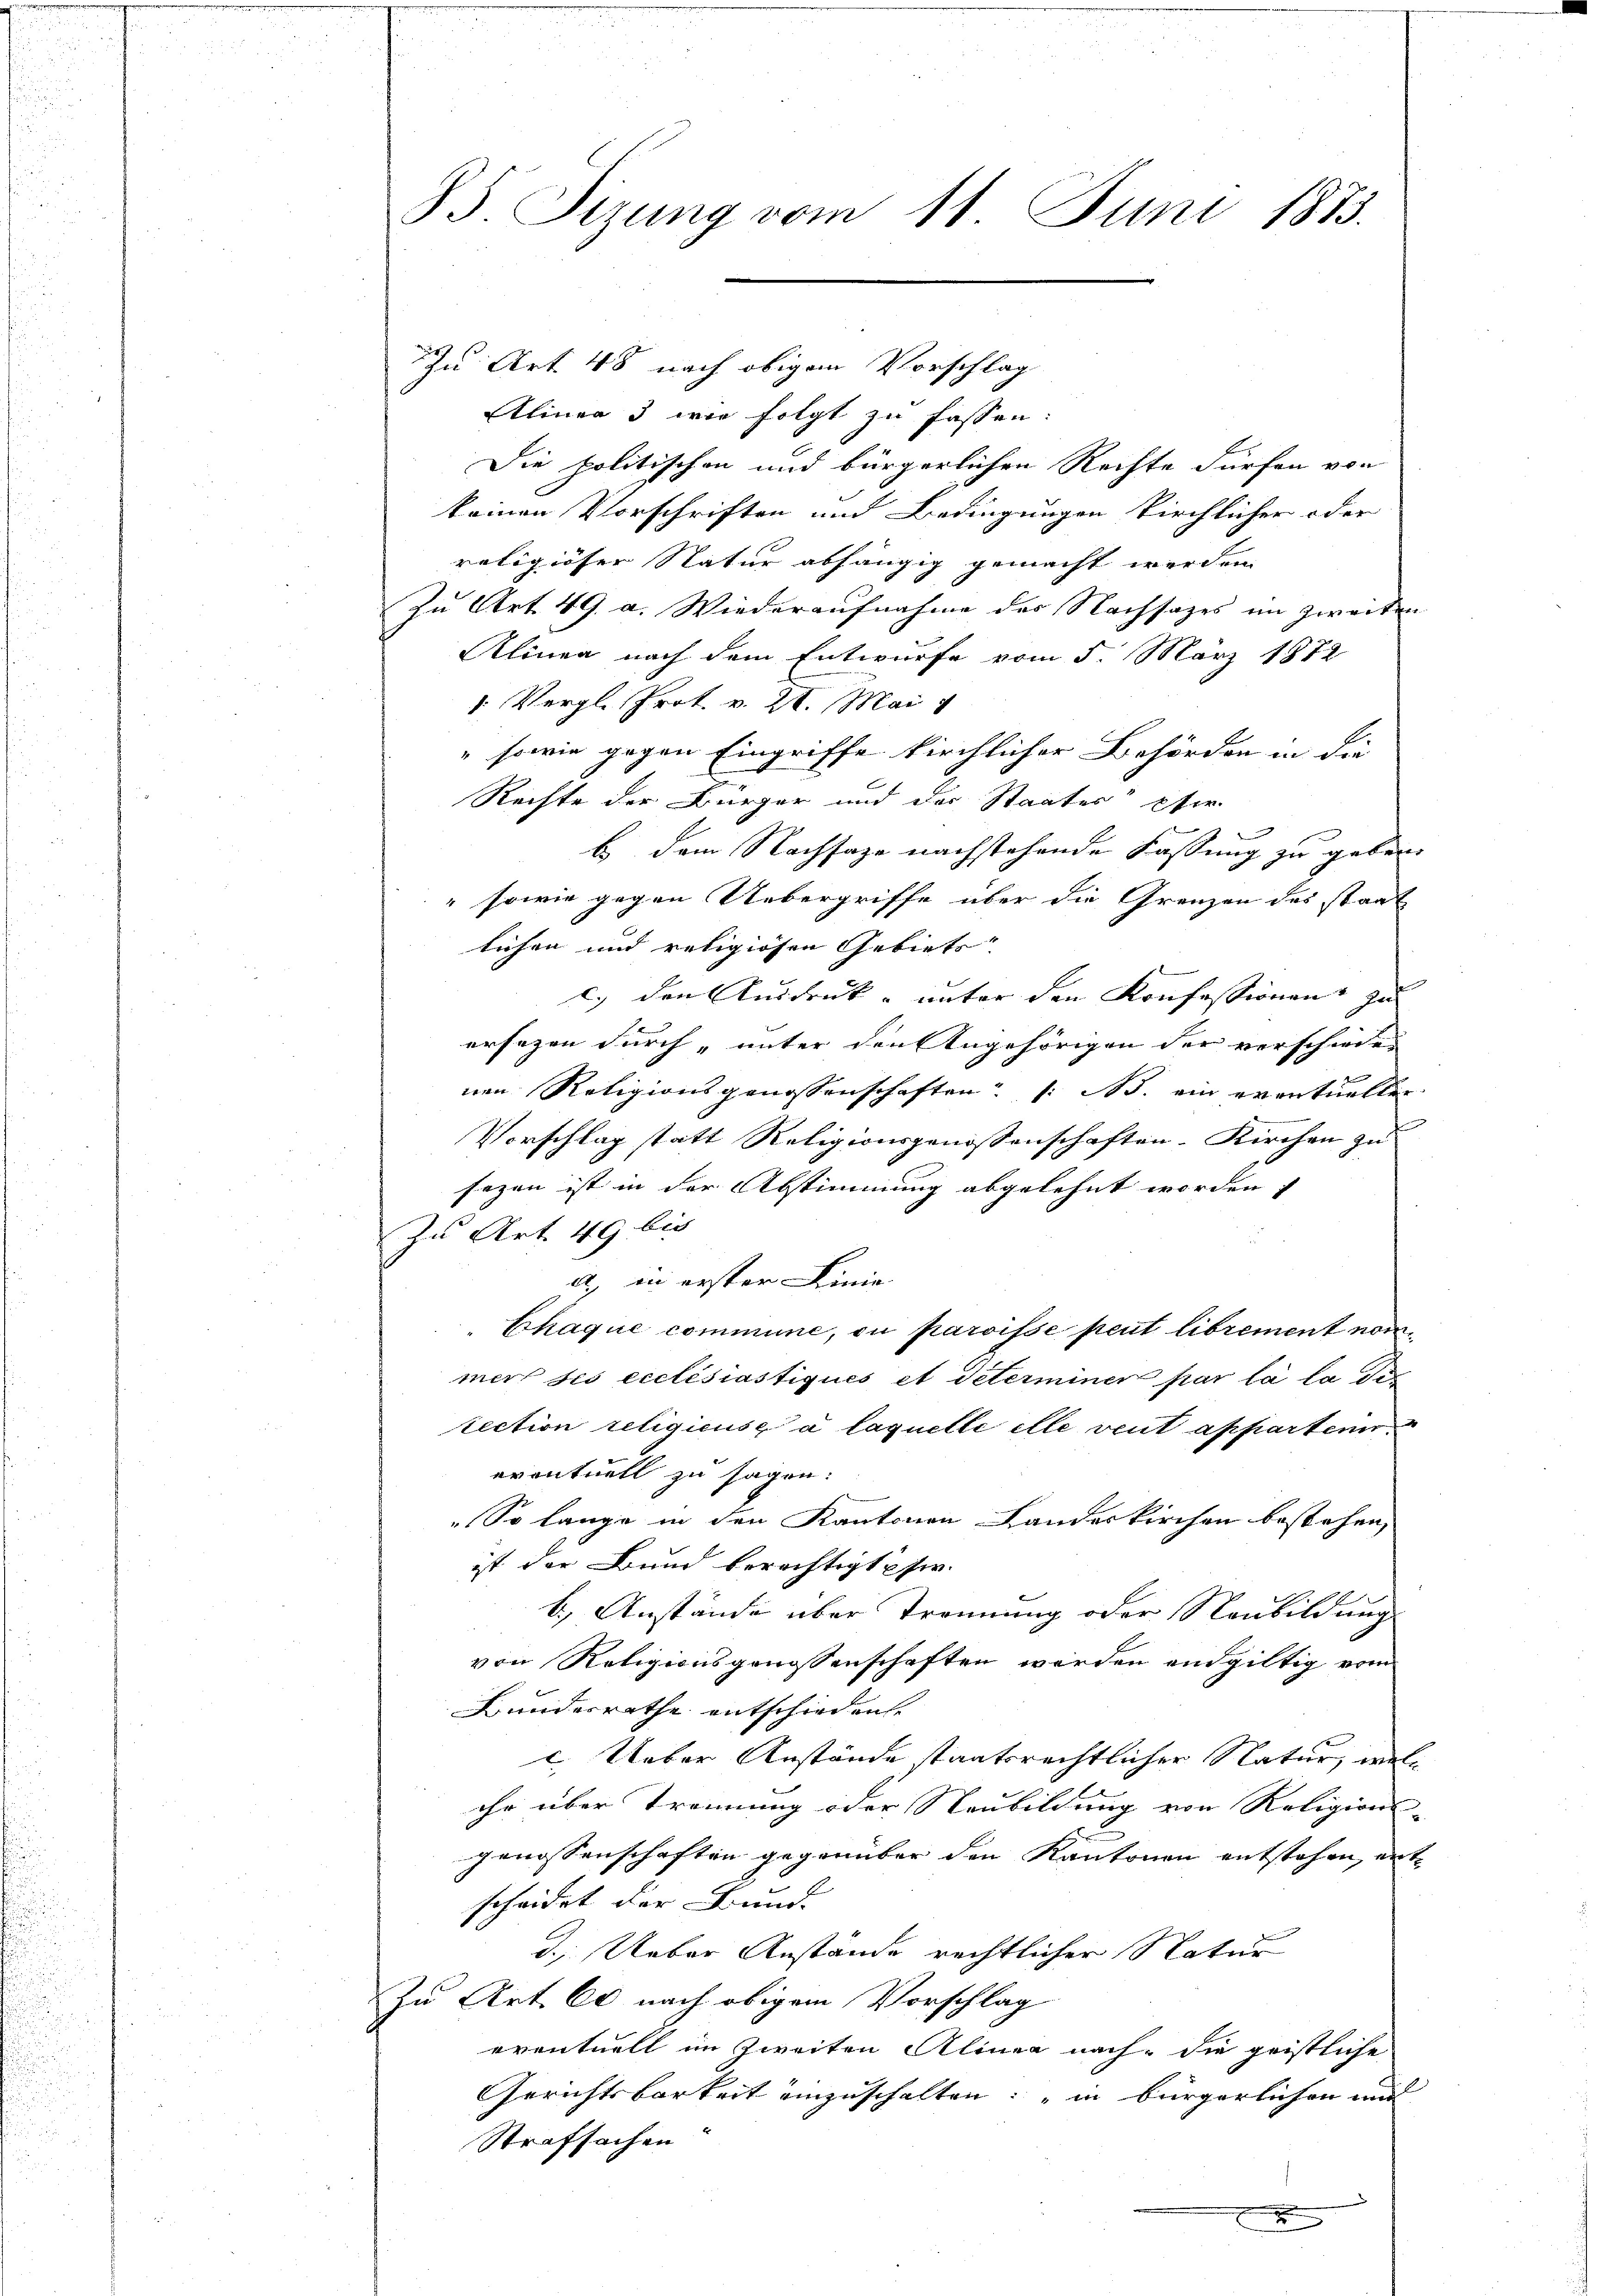
85. Sizung vom 11. Juni 1873.

Zu Art. 48 nach obigem Vorschlag
Aliner 3 wir folgt zu fassen:
Die politischen und bürgerlichen Rechte dürfen von
keinen Vorschriften und Bedingungen kirchlicher oder
religiöser Natur abhängig gemacht werden. |
Zu Art. 49. a. Wiederaufnahme des Nachsatzes im zweiten
Alinen nach dem Entwurfe vom 5. März 1872
1 Vergl. Prot. v. 21. Mai 1
" sowie gegen Eingriffe kirchlicher Behörden in die
Rechte der Bürger und der Staates eher
b dem Nachsage nachstehende Fassung zu geben.
" sowie gegen Uebergriffe über die Grenzen des staat
lichen und religiösen Gebiets.
c.) den Ausdruck- unter den Konfessionen zu
ersezen durch „unter den Angehörigen der verschieden
nen Religionsgenossenschaften /: M. ein eventuellen
Vorschlag statt Religionsgenossenschaften-Kirchen zu
sezen ist in der Abstimmung abgelehnt worden
Zu Art. 49 bis
a. in erster Linie
Chaque commune, ou paroisse peut librement nommer ses ecclésiastiqués et Peterminer par la la der
rection religieuse à laquelle elle vent apparten
eventuell zu sagen.
„So lange in den Kantonen Landeskirchen bestehen,
ist der Bund berechtigt sie.
b.) Anstände über Trennung oder Neubildung
von Religionsgenossenschaften werden endgültig vom
Kunderrathe entschiedene
c. Ueber Anstände staatsrechtlicher Natur, welihr über Trennung oder Neubildung von Religions-
genossenschaften gegenüber den Kantonen entstehen, ent-
scheidet der Bunde
d.) Ueber Anstände rechtlicher Natur
Zu Art. 60 nach obigem Vorschlag
eventuell im Zweiten Alinen nach die geistliche
Gerichtsbarkeit einzuschalten: "in bürgerlichen mit
Strafsachen
x